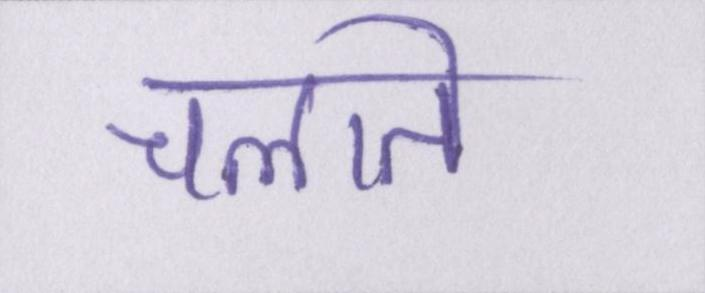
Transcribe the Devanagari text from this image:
चलाते